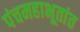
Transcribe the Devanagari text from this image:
पंचमहाभूतांत